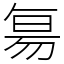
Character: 𬀷